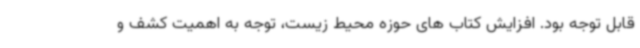
قابل توجه بود. افزایش کتاب های حوزه محیط زیست، توجه به اهمیت کشف و